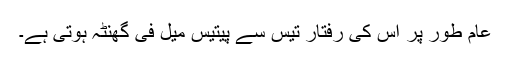
عام طور پر اس کی رفتار تیس سے پیتیس میل فی گھنٹہ ہوتی ہے۔